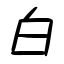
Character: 白